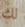
لك